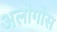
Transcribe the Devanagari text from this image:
अलोगोस